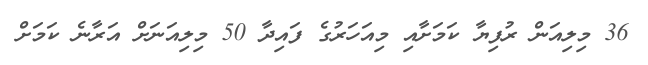
36 މިލިއަން ރުފިޔާ ކަމަށާއި މިއަހަރުގެ ފައިދާ 50 މިލިއަނަަށް އަރާނެ ކަމަށް